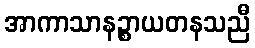
အာကာသာနဉ္စာယတနသညီ